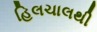
હિલચાલથી